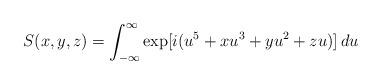
LaTeX: \begin{align*}S(x,y,z) = \int_{-\infty}^\infty \exp[i(u^5 + xu^3 + yu^2 + zu)]\, du\end{align*}